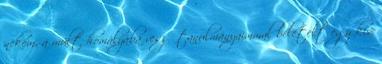
nekem, a múlt homályába vesző tanulmányaimmal beletelt egy kis